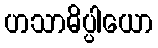
ဟသာဓိပ္ပါယော